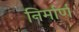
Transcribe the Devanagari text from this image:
निर्मार्ण